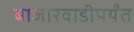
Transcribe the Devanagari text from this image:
बाजारवाडीपर्यंत